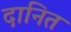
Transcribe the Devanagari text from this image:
दानित